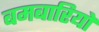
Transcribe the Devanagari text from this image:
बमबारियों